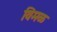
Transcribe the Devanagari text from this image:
विमळ